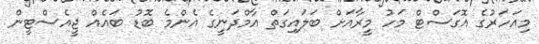
މިއަހަރުގެ އޮގަސްޓް މަހު މީރާއަށް ބަލައިގަތް އާމްދަނީގެ އެންމެ ބޮޑު ބައެއް ޖީއެސްޓީން